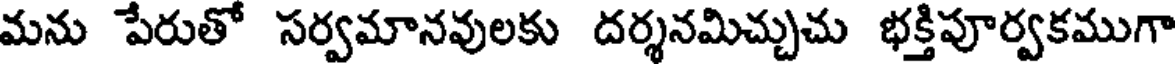
మను పేరుతో సర్వమానవులకు దర్శనమిచ్చుచు భక్తిపూర్వకముగా